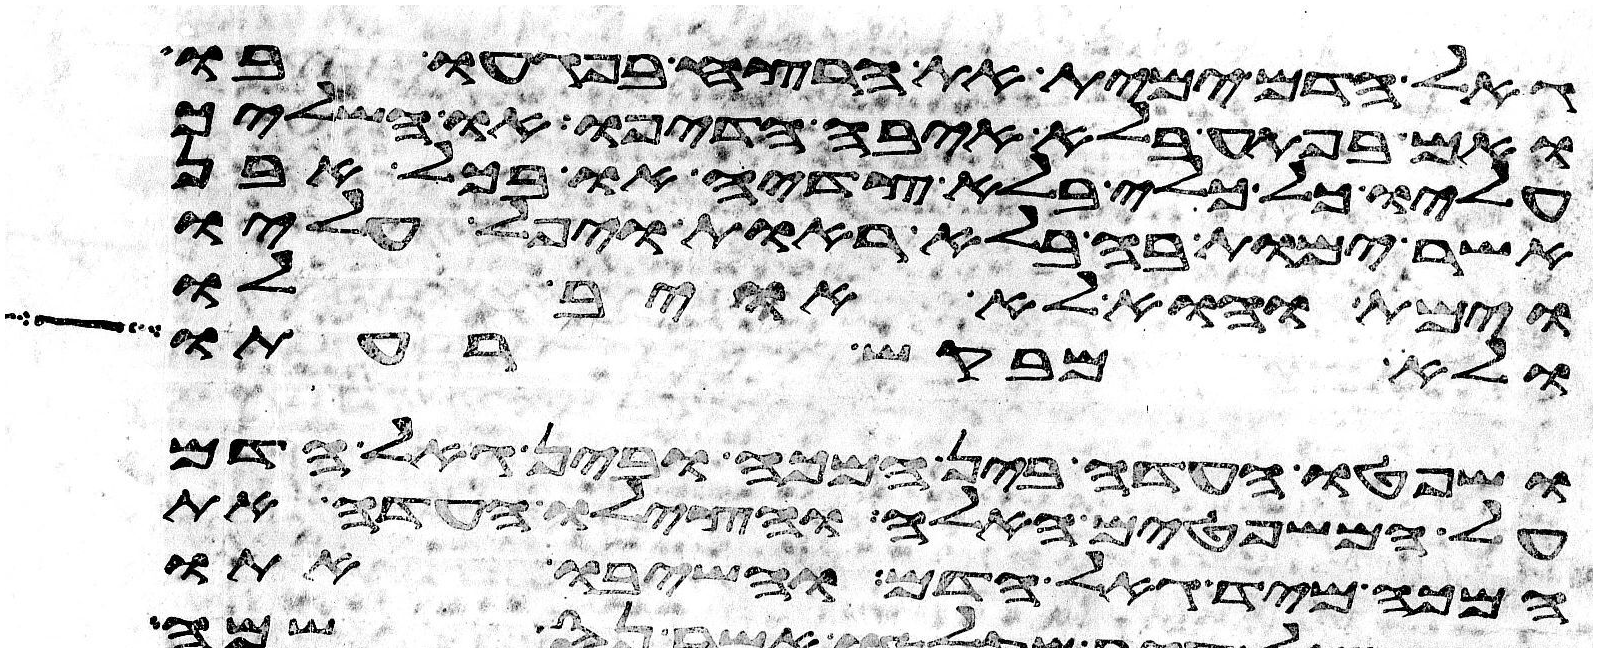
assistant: גאל הדם ימית את הרצח בפגעו בו
ואם בפתע בלא איבה הדיפו או השליך
עליו כל כלי בלא צדיה או בכל אבן
אשר ימות בה בלא ראות ויפל עליו
וימת והוא לא אויב לו
ולא מבקש רעתו
ושפטו העדה בין המכה ובין גאל הדם
על המשפטים האלה והצילו העדה את
המכה מיד גאל הדם והשיבו אתו